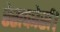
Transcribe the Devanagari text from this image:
रेसकोर्स।